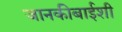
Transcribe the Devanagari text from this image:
जानकीबाईशी